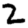
Digit: 2